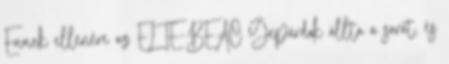
Ennek ellenére az ELTE-BEAC Gepárdok állta a sarat, és